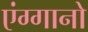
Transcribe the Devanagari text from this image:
एंग्गानो